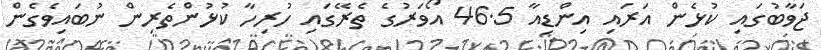
ޖަވާބުގައި ކުޅެން އަރައި އިންޑިއާ 46.5 އޯވަރުގެ ތެރޭގައި ހުރިހާ ކުޅުންތެރިން ނުބައިވެގެން